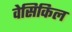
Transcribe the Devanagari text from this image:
वेसिकिल